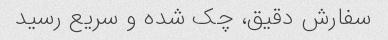
سفارش دقیق، چک شده و سریع رسید